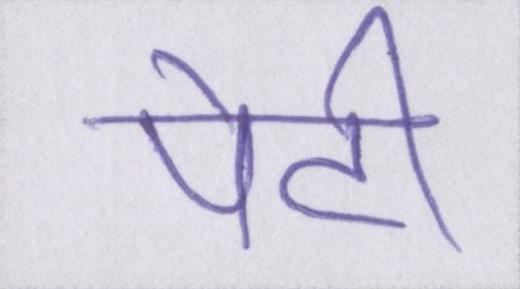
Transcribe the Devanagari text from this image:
पेटी